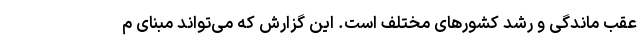
عقب ماندگی و رشد کشورهای مختلف است. این گزارش که می‌تواند مبنای م